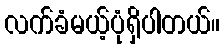
လက်ခံမယ့်ပုံရှိပါတယ်။